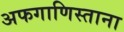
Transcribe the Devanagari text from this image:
अफगाणिस्ताना